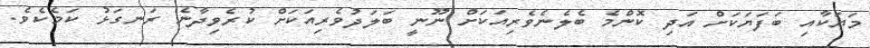
މަޔަކާއި ބަފަޔަކަށް އަދި ކޮންމެ ބެލެނެވެރިއަކަށް ނޫނީ ބަލަދުވެރިއަކަށް ކުރެވިދާނެ ރަނގަޅު ކަމެކެވެ.